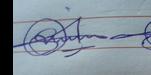
Signature authenticity: genuine